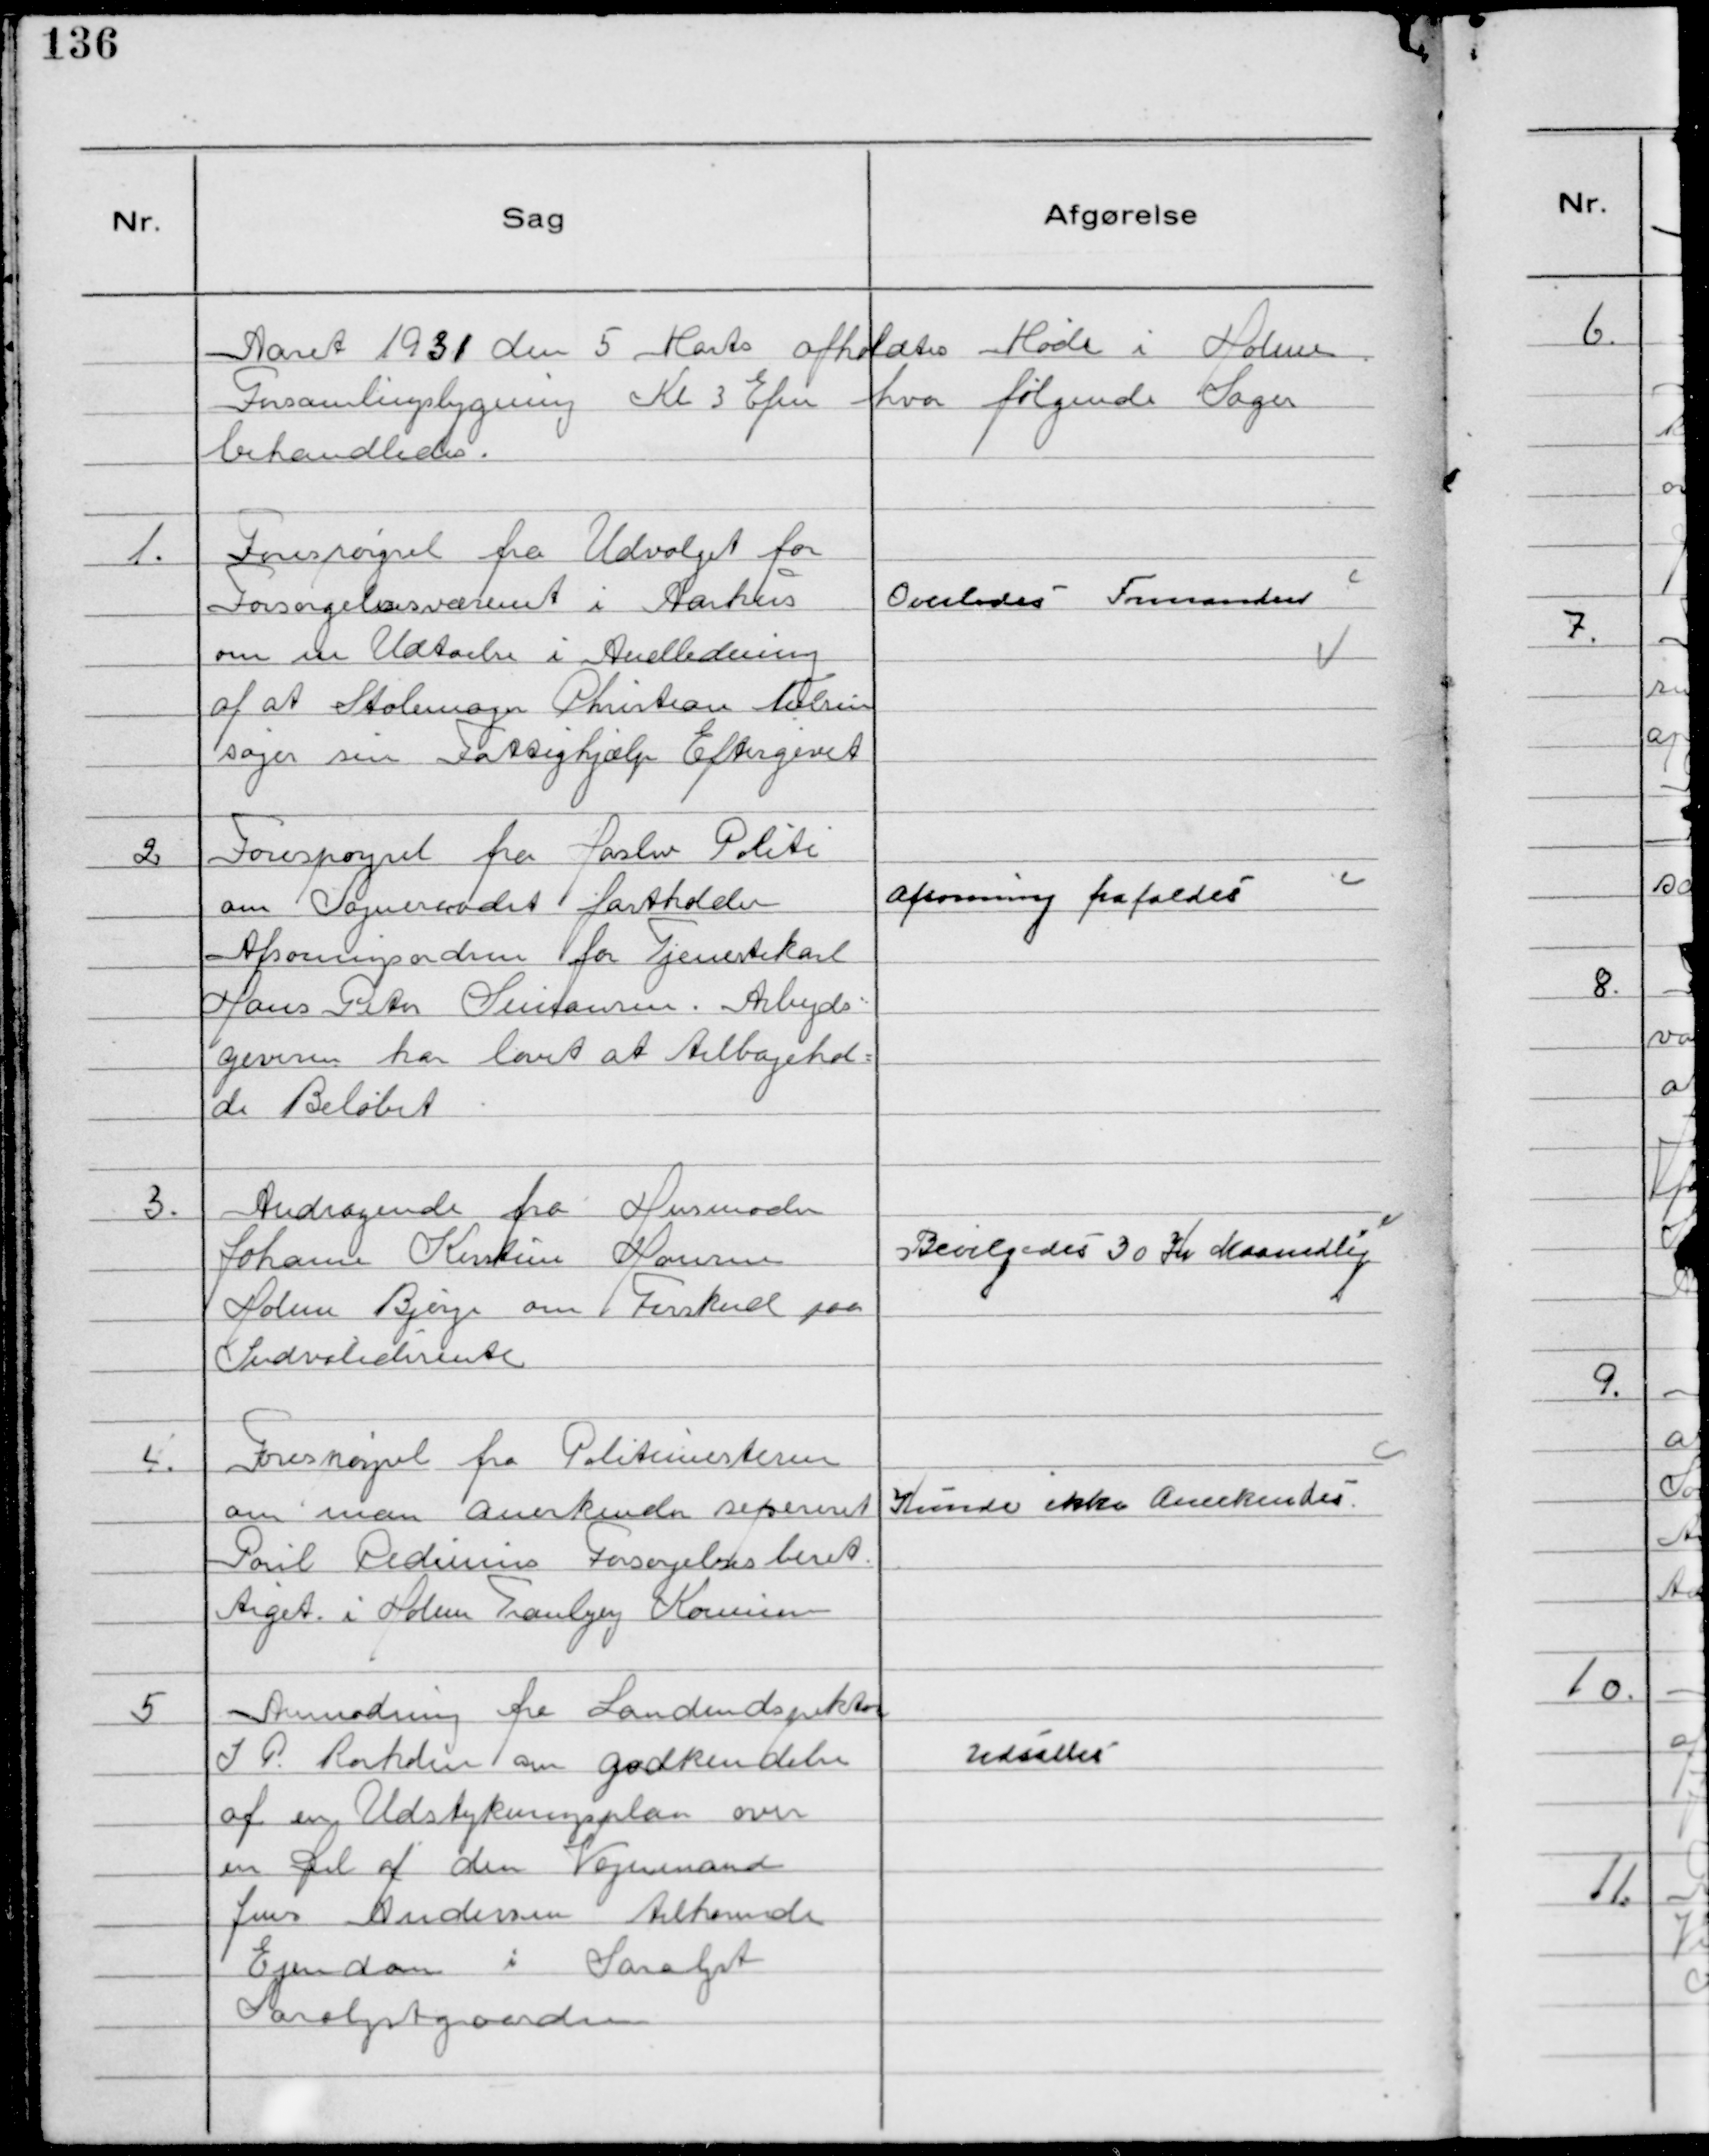
Transskription:
Aaret 1931 den 5 Marts afholdtes Møde i Holme
Forsamlingsbygning Kl 3 Efm hvor følgende Sager
behandledes.

1.
Forespørgsel fra Udvalget for
Forsørgelsesvæsenet i Aarhus
om en Udtalelse i Andledning
af at Stolemager Christian Nielsen
søger sin Fattighjælp Eftergivet

Overlodes Formanden

2
Forespørgsel fra Haslev Politi
 om Sogneraadet fastholder
Afsoningsordren for Tjenestekarl
Hans Peter Simonsen. Arbejds-
giveren har lovet at tilbagehol-
de Beløbet

Afsoning frafaldes

3.
Andragende fra Husmoder
Johanne Kirstine Hansen
Holme Bjerge om Forskud paa
Indvaliderente

Bevilgedes 30 Kr Maanedlig

4.
Forespørgsel fra Politimesteren
om man anerkender sepereret
Poul Pedersen Forsørgelsesberet
tiget i Holme Tranbjerg Kommune

Kunde ikke Anerkendes

5
Anmodning fra Landindspektør
J P. Rørholm om godkendelse
af en Udstykningsplan over
en Del af den Vognmand
Jens Andersen tilhørende
Ejendom i Saralyst
Saralystgaarden

Udsattes